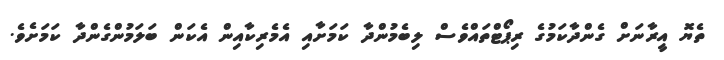
ތެޔޮ އީރާނަށް ގެންދާކަމުގެ ރިޕޯޓްތައްވެސް ލިބެމުންދާ ކަމަށާއި އެމެރިކާއިން އެކަން ބަލަމުންގެންދާ ކަމަށެވެ.